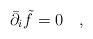
LaTeX: \begin{align*}\bar{\partial}_i \tilde{f} =0\quad, \end{align*}